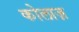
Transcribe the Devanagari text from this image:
कोलाज़